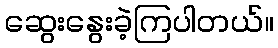
ဆွေးနွေးခဲ့ကြပါတယ်။